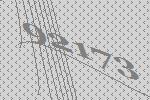
92173